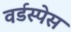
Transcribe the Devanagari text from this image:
वर्डस्पेस